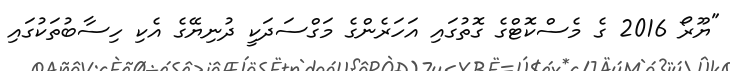
"ޔޫރޯ 2016 ގެ މެސްކޮޓްގެ ގޮތުގައި އަހަރެންގެ މަގްސަދަކީ ދުނިޔޭގެ އެކި ހިސާބުތަކުގައި